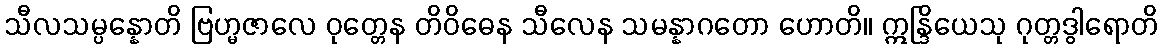
သီလသမ္ပန္နောတိ ဗြဟ္မဇာလေ ဝုတ္တေန တိဝိဓေန သီလေန သမန္နာဂတော ဟောတိ။ ဣန္ဒြိယေသု ဂုတ္တဒွါရောတိ